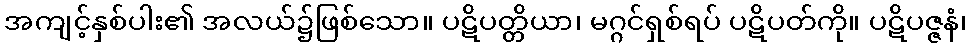
အကျင့်နှစ်ပါး၏ အလယ်၌ဖြစ်သော။ ပဋိပတ္တိယာ၊ မဂ္ဂင်ရှစ်ရပ် ပဋိပတ်ကို။ ပဋိပဇ္ဇနံ၊